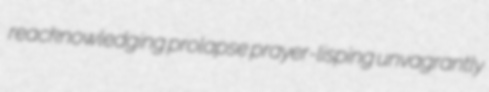
reacknowledging prolapse prayer-lisping unvagrantly